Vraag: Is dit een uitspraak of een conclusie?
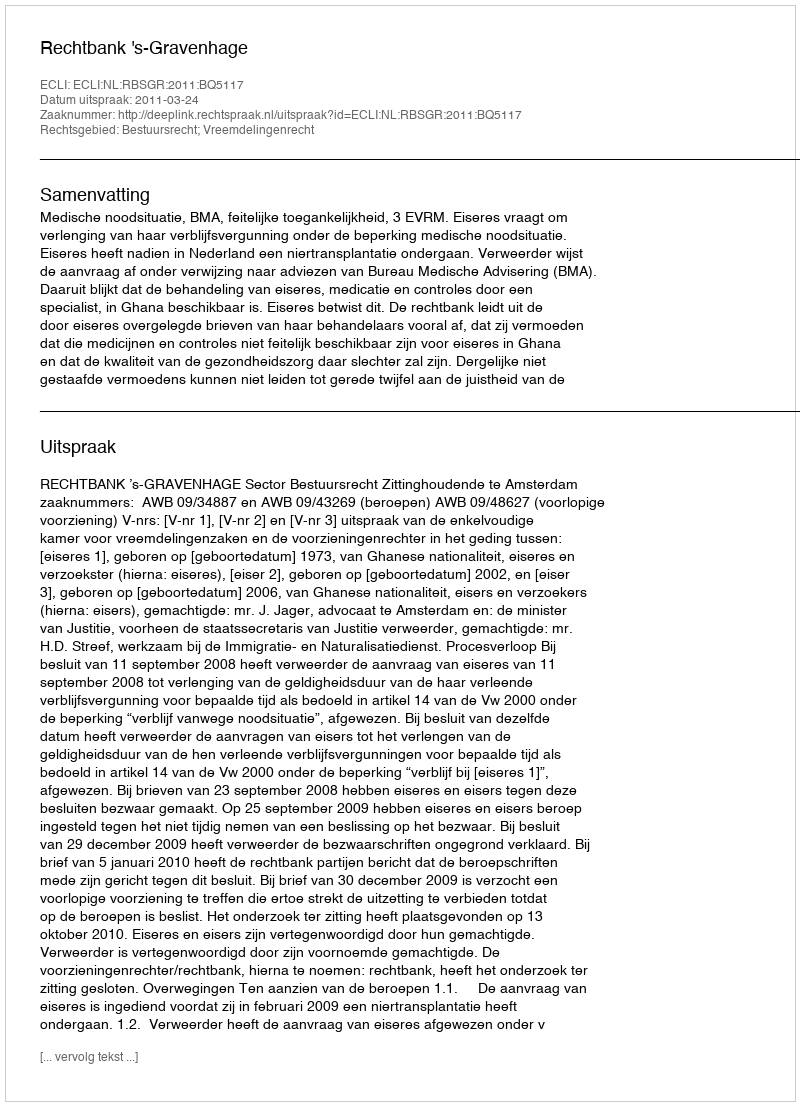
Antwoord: Uitspraak